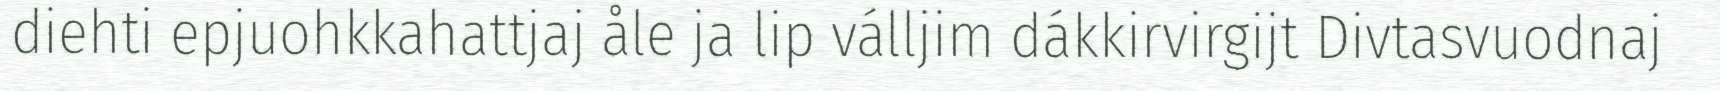
diehti epjuohkkahattjaj åle ja lip válljim dákkirvirgijt Divtasvuodnaj